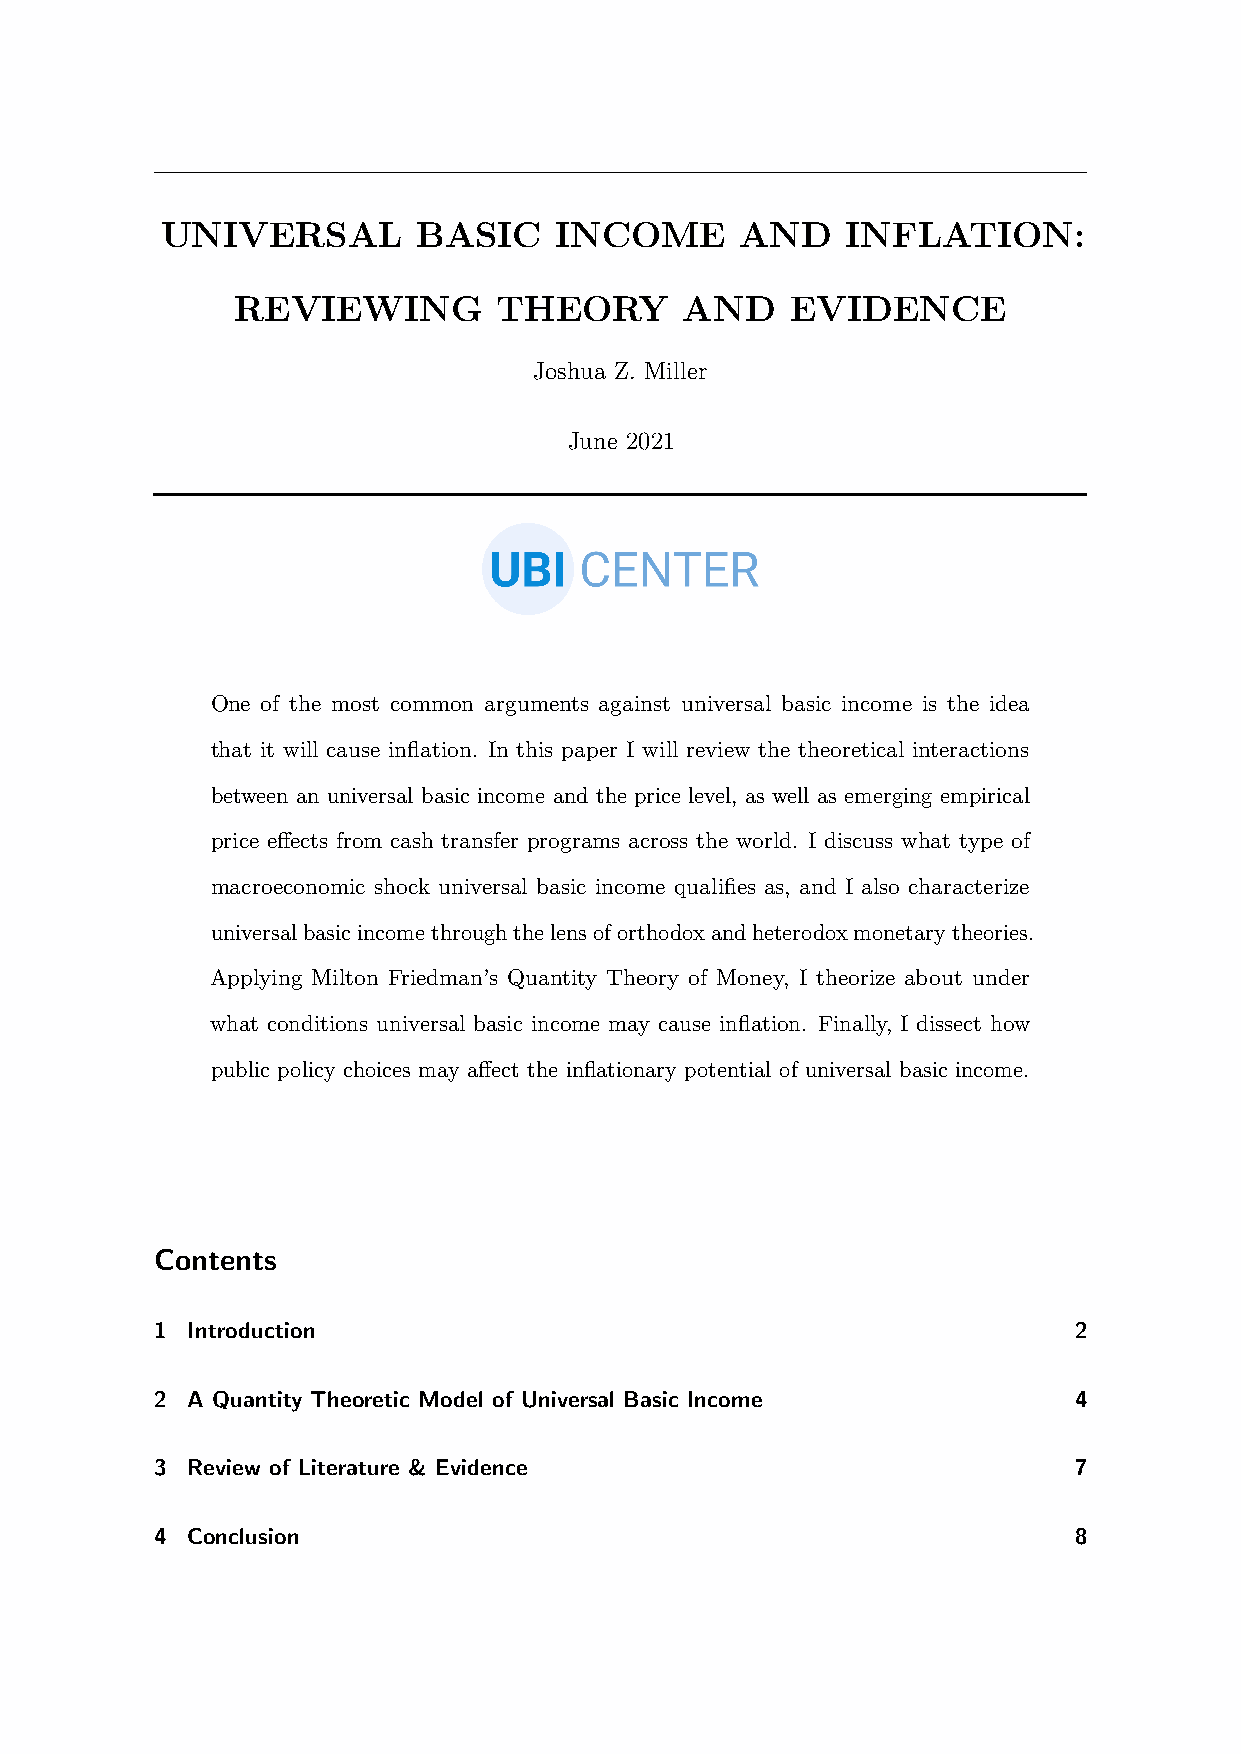
UNIVERSAL        BASIC    INCOME      AND    INFLATION:
 REVIEWING         THEORY      AND    EVIDENCE
 Joshua Z. Miller
 June 2021
 One of the most common arguments against universal basic income is the idea
 that it will cause inflation. In this paper I will review the theoretical interactions
 between an universal basic income and the price level, as well as emerging empirical
 price effects from cash transfer programs across the world. I discuss what type of
 macroeconomic shock universal basic income qualifies as, and I also characterize
 universalbasicincomethroughthelensoforthodoxandheterodoxmonetarytheories.
 Applying Milton Friedman’s Quantity Theory of Money, I theorize about under
 what conditions universal basic income may cause inflation. Finally, I dissect how
 public policy choices may affect the inflationary potential of universal basic income.
 Contents
 1 Introduction                                               2
 2 A Quantity Theoretic Model of Universal Basic Income       4
 3 Review of Literature & Evidence                            7
 4 Conclusion                                                 8